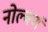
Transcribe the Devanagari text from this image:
नोल्बणं